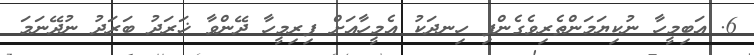
6. އަބިމީހާ ނުކިޔަމަންތެރިވެގެންފި ހިނދަކު އެމީހާއަށް ފިރިމީހާ ދޭންވާ ޚަރަދު ބަރަދު ނުދޭނަމަ